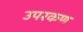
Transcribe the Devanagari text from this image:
उपरकण